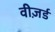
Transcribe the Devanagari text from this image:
वीज़र्ड